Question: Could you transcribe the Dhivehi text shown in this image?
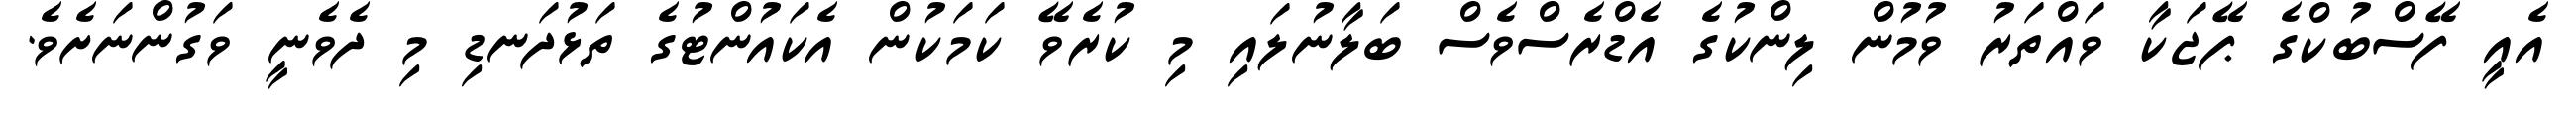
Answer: އެއީ ފޭސްބުކްގެ ޕޭޖަކާ ވައްތަރު ވުމުން ލިންކުގެ އެޑްރެސްވެސް ބަލާނުލައި މި ކުރެވޭ ކަމަކުން އެކައުންޓުގެ ތަޅުދަނޑި މި ދެވެނީ ވަގުންނަށެވެ.